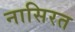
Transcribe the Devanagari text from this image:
नासिरत